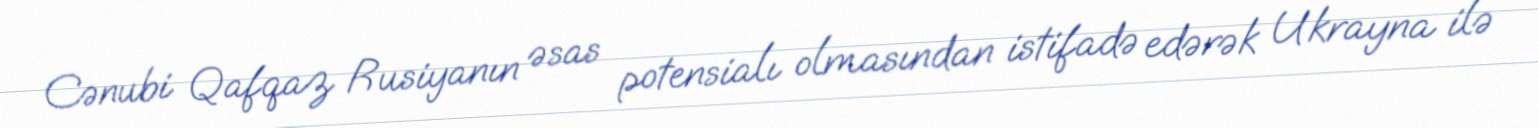
Cənubi Qafqaz Rusiyanın əsas potensialı olmasından istifadə edərək Ukrayna ilə